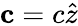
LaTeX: \mathbf{c}=c\hat{z}